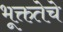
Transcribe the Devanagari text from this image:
भूक्ततेचे